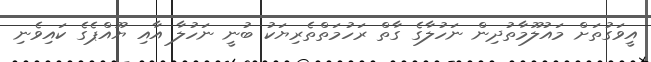
އީވަގުތަށް މައުލޫމާތުދިން ނަހުލާގެ ގާތް ރަހުމަތްތެރިޔަކު ބުނީ ނަހުލާ އާއި ޔޫއްޕެގެ ކައިވެނި